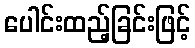
ပေါင်းထည့်ခြင်းဖြင့်